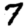
Digit: 7